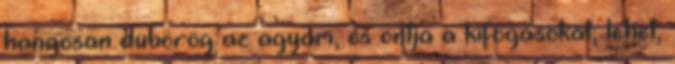
hangosan dübörög az agyam, és ontja a kifogásokat, lehet,